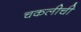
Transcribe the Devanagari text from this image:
चकलीची